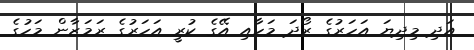
އަދި މިދިޔަ އަހަރުގެ ރޯދަ މަހާއި އޭގެ ކުރީ އަހަރުގެ ރަމަޒާން މަހުގެ